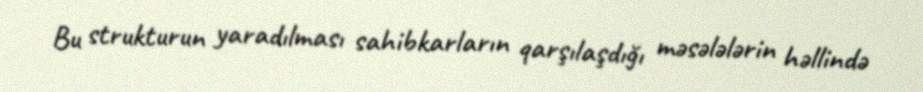
Bu strukturun yaradılması sahibkarların qarşılaşdığı məsələlərin həllində